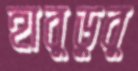
হাবুডুবু